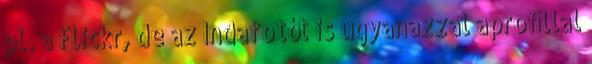
pl. a Flickr, de az Indafotót is ugyanazzal aproﬁllal